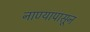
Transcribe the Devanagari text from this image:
नाण्यापासून